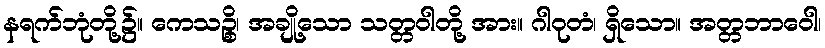
နရက်ဘုံတို့၌။ ကေသဉ္စိ၊ အချို့သော သတ္တဝါတို့ အား။ ဂါဝုတံ၊ ရှိသော။ အတ္တဘာဝေါ၊